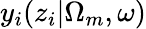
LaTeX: y_{i}(z_{i}|\Omega_{m},\omega)